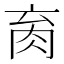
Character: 𰮑